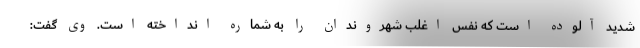
شدید آلوده است که نفس اغلب شهروندان را به شماره انداخته است. وی گفت: